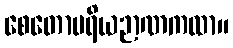
စေတောပရိယဉာဏကထာ။